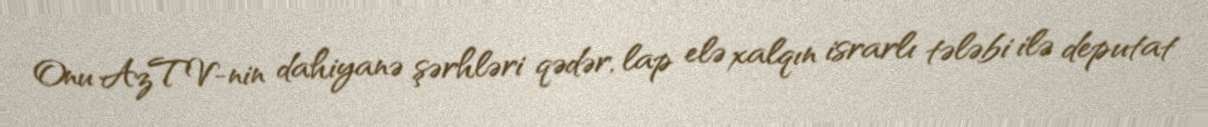
Onu AzTV-nin dahiyanə şərhləri qədər, lap elə xalqın israrlı tələbi ilə deputat